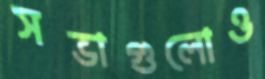
সভাগুলোও